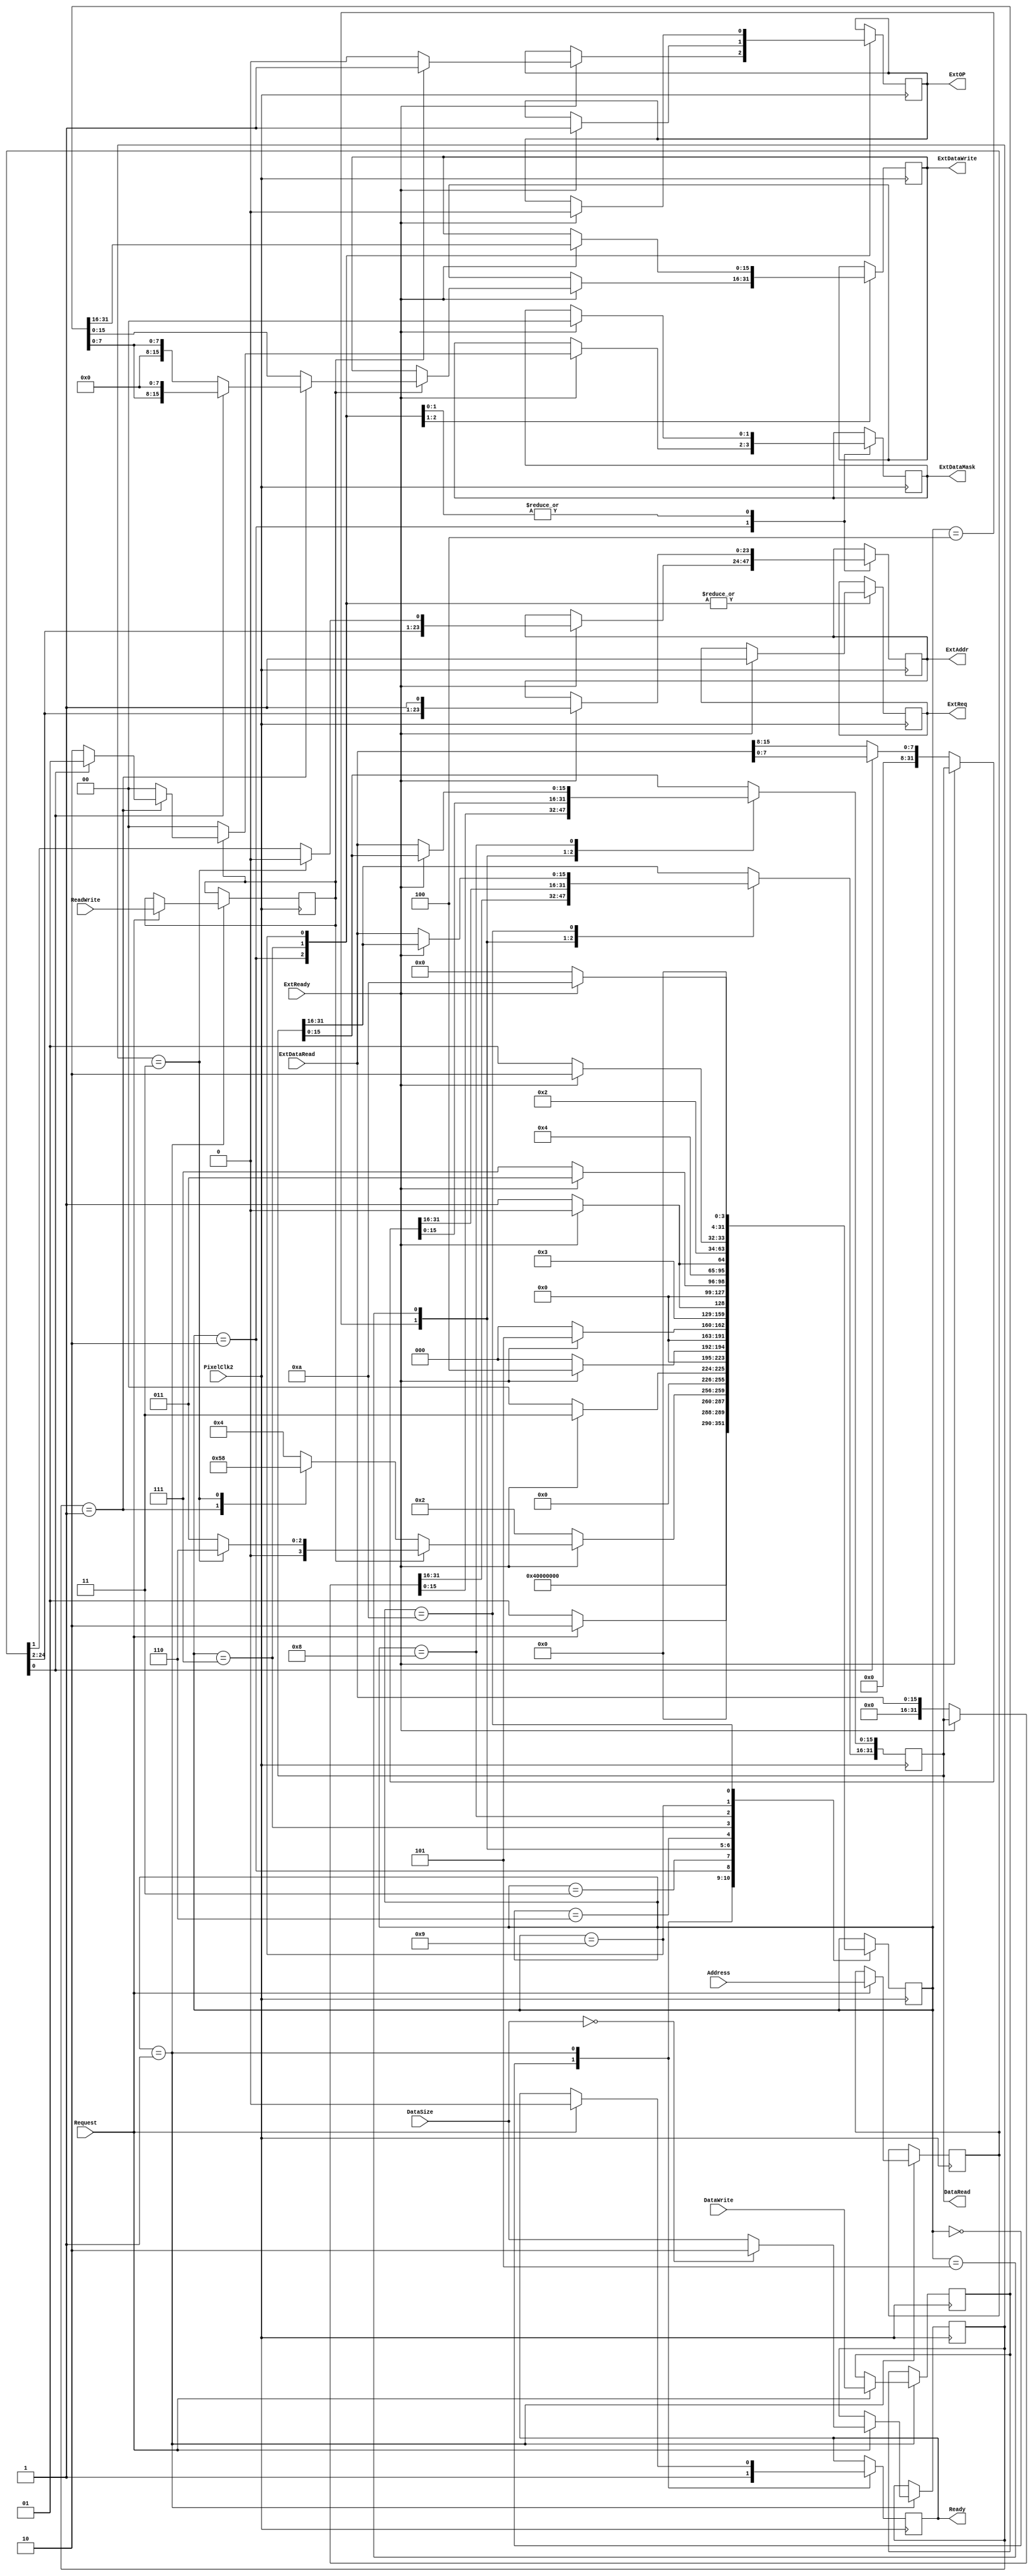
module MemoryAdapter
( input PixelClk2,
  output reg [23:0] ExtAddr,
  output reg [15:0] ExtDataWrite,
  output reg [1:0] ExtDataMask,
  input [15:0] ExtDataRead,
  output reg ExtOP,
  output reg ExtReq,
  input ExtReady,
  input [24:0] Address,
  input [31:0] DataWrite,
  output reg [31:0] DataRead,
  input [1:0] DataSize,            
  input ReadWrite,
  input Request,
  output reg Ready  
);
  integer Status;
  reg [24:0] SaveAddr;
  reg [31:0] SaveData;
  reg [1:0] SaveSize;
  reg SaveOP;
  initial
    begin
	   Status = 0;
		ExtReq = 0;
		DataRead = 0;
		ExtAddr = 0;
		ExtDataWrite = 0;
		ExtDataMask = 0;
		ExtOP = 0;
		Ready = 0;
	 end
  always @(posedge PixelClk2)
    begin
	   case(Status)
		  0: begin
		       Ready = 1;
				 Status = 1;
		     end
		  1: begin
		       if (Request == 1)
				   begin
				     SaveAddr = Address;
                 SaveData = DataWrite;
                 SaveSize = (DataSize == 2'b00) ? 2'b10 : DataSize;
                 SaveOP = ReadWrite;
					  Ready = 0;
					  Status = 2;
					end
				 else Status = 1;
		     end
		  2: begin
		       if (ExtReady == 1)
				   begin
					  case(SaveOP)
					    1: begin                      
					         case(SaveSize)
					           2'b01: begin           
								           ExtAddr = SaveAddr[24:1];
											  ExtDataWrite = (SaveAddr[0]==0) ? {8'h00,SaveData[7:0]} : {SaveData[7:0],8'h00};
											  ExtDataMask = (SaveAddr[0]==0) ? 2'b10 : 2'b01;
											  ExtOP = 1;
											  ExtReq = 1;
											  Status = 3;
						               end
						        2'b11: begin           
								           ExtAddr = {SaveAddr[24:2],1'b0};
										     ExtDataWrite = SaveData[15:0];
											  ExtDataMask = 2'b00;
											  ExtOP = 1;
											  ExtReq = 1;
											  Status = 6;
						               end
						        default: begin         
						                   ExtAddr = SaveAddr[24:1];
										       ExtDataWrite = SaveData[15:0];
												 ExtDataMask = 2'b00;
												 ExtOP = 1;
												 ExtReq = 1;
												 Status = 3;
						                 end
					         endcase
							 end
					    default: begin                
					               case(SaveSize)
					                 2'b01: begin     
										           ExtAddr = SaveAddr[24:1];
													  ExtDataMask = 2'b00;
												     ExtOP = 0;
												     ExtReq = 1;
												     Status = 5;
						                     end
						              2'b11: begin     
										           ExtAddr = {SaveAddr[24:2],1'b0};
													  ExtDataMask = 2'b00;
												     ExtOP = 0;
												     ExtReq = 1;
												     Status = 8;
						                     end
						              default: begin   
						                         ExtAddr = SaveAddr[24:1];
														 ExtDataMask = 2'b00;
												       ExtOP = 0;
												       ExtReq = 1;
												       Status = 4;
						                       end
									   endcase				  
                            end
                 endcase									 
					end
				 else Status = 2;
		     end
		  3: begin
		       if (ExtReady == 0) Status = 0;
				 else Status = 3;
           end		  
		  4: begin
		       if (ExtReady == 0) 
				   begin
                 DataRead = {16'h0000,ExtDataRead};					
					  Status = 0;
					end
				 else Status = 4;
           end		  
		  5: begin
		       if (ExtReady == 0) 
				   begin
					  DataRead = (SaveAddr[0]==1) ? {24'h000000,ExtDataRead[7:0]} : {24'h000000,ExtDataRead[15:8]};					
					  Status = 0;
					end
				 else Status = 5;
           end		  
		  6: begin
		       if (ExtReady == 0) Status = 7;
				 else Status = 6;
           end		  
        7: begin
		       if (ExtReady == 1) 
				   begin
					  ExtAddr = {SaveAddr[24:2],1'b1};
					  ExtDataWrite = SaveData[31:16];
					  ExtDataMask = 2'b00;
					  ExtOP = 1;
					  ExtReq = 1;
					  Status = 3;
					end
				 else Status = 7;
		     end
		  8: begin
		       if (ExtReady == 0) 
				   begin
                 DataRead[15:0] = ExtDataRead;					
					  Status = 9;
					end
				 else Status = 8;
           end		  
        9: begin
		       if (ExtReady == 1) 
				   begin
					  ExtAddr = {SaveAddr[24:2],1'b1};
					  ExtDataMask = 2'b00;
					  ExtOP = 0;
					  ExtReq = 1;
					  Status = 10;
					end
				 else Status = 9;
		     end
		 10: begin
		       if (ExtReady == 0) 
				   begin
                 DataRead[31:16] = ExtDataRead;					
					  Status = 0;
					end
				 else Status = 10;
           end		  
		endcase
	 end
endmodule